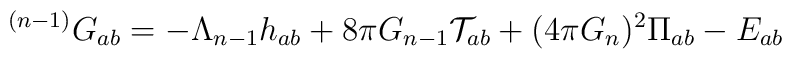
^{(n-1)}G_{ab} = -\Lambda_{n-1}h_{ab}+8\pi G_{n-1}\mathcal{T}_{ab} +(4 \pi G_n)^2\Pi_{ab}-E_{ab}